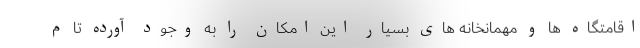
اقامتگاه ها و مهمانخانه های بسیار این امکان را به وجود آورده تا م